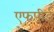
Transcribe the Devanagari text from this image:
एफपीई